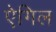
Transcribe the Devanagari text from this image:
ऐगिल